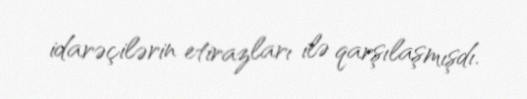
idarəçilərin etirazları ilə qarşılaşmışdı.